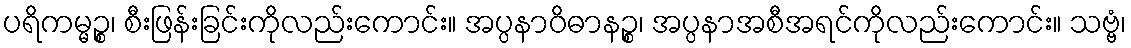
ပရိကမ္မဉ္စ၊ စီးဖြန်းခြင်းကိုလည်းကောင်း။ အပ္ပနာဝိဓာနဉ္စ၊ အပ္ပနာအစီအရင်ကိုလည်းကောင်း။ သဗ္ဗံ၊